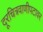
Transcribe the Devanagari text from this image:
दूरचित्रवाणीपटावर